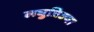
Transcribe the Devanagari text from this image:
लघुत्रिज्या